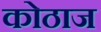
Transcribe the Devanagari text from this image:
कोठाज